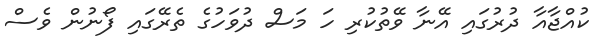
ކުއްޖާއާ ދުރުގައި އޭނާ ވޭތުކުރި ހަ މަސް ދުވަހުގެ ތެރޭގައި ފޯނުން ވެސް